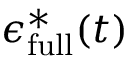
\epsilon _ { \mathrm { f u l l } } ^ { * } ( t )